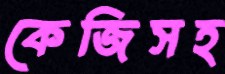
কেজিসহ